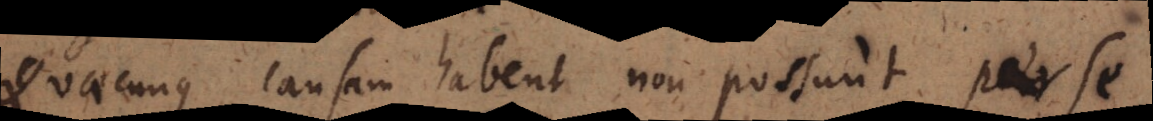
Quaecunque causam habent non possunt per se